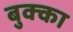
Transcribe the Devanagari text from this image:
बुक्‍का